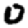
Digit: 0